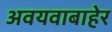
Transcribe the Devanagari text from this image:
अवयवाबाहेर